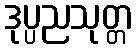
ဒုပ္ပညသုတ္တ